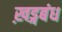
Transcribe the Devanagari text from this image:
ख़ड्गबंध